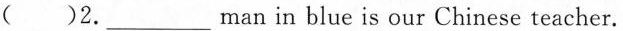
( )2.___man in blue is our Chinese teacher.